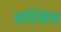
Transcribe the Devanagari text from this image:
मस्लिम